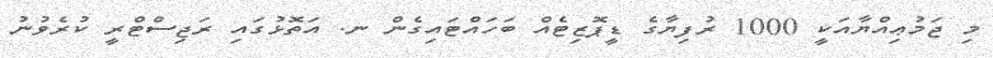
މި ޖަމުޢިއްޔާއަކީ 1000 ރުފިޔާގެ ޑީޕޮޒިޓެއް ބަހައްޓައިގެން ނ. އަތޮޅުގައި ރަޖިސްޓްރީ ކުރެވުނު